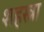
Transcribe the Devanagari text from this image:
शहस्त्रा